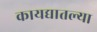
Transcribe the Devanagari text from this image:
कायद्यातल्या